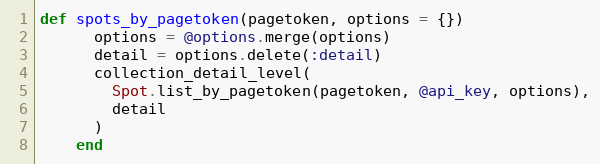
Language: Ruby
def spots_by_pagetoken(pagetoken, options = {})
      options = @options.merge(options)
      detail = options.delete(:detail)
      collection_detail_level(
        Spot.list_by_pagetoken(pagetoken, @api_key, options),
        detail
      )
    end